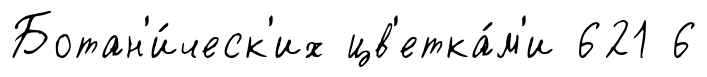
Ботан'и́ческ'их цв'етка́м'и 621 6